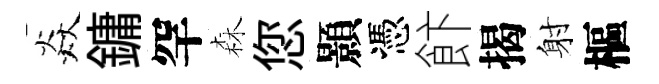
焱鏞罕森您顥憑飰揭射樞